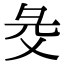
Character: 𢑓